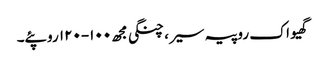
گھیو اک روپیہ سیر، چنگی مجھ ١٠٠-١٢٠ روپئے۔